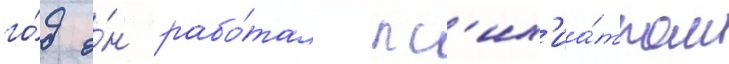
го́д о́н рабо́тал пс'их'иа́тром